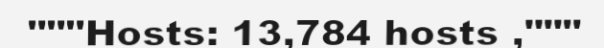
"""Hosts: 13,784 hosts ,"""